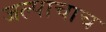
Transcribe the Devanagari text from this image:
जल्पाचाच